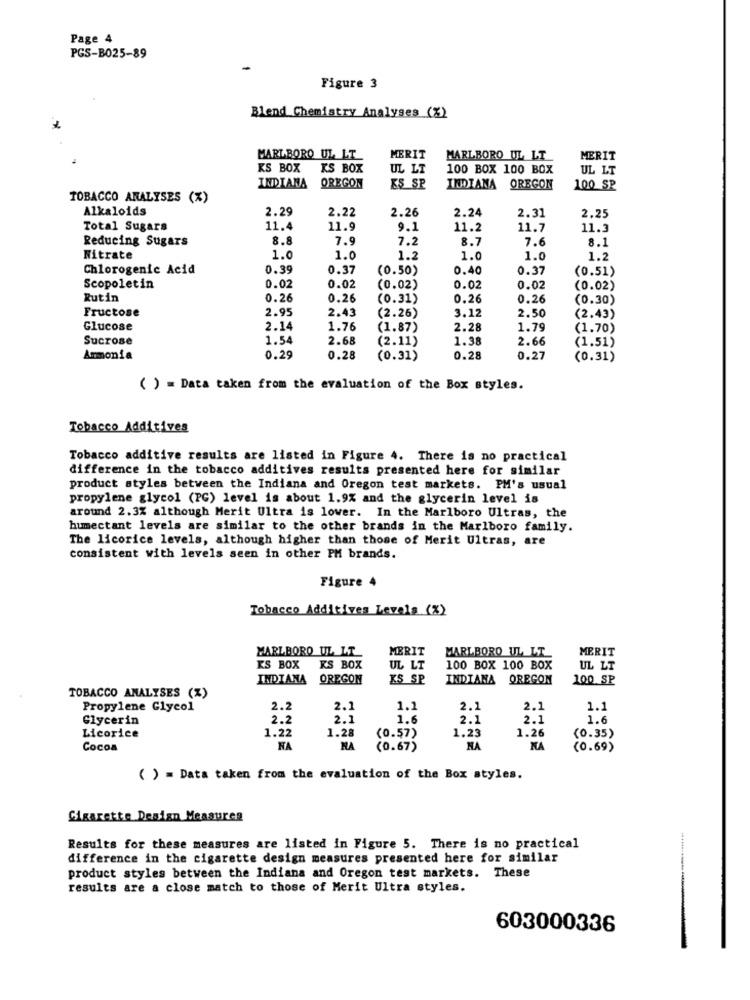
Page 4
PGS-B025-89
Figure 3
Blend Chemistry Analyses (%)
MARLBORO UL LT
MERIT
MARLBORO UL LT
MERIT
KS BOX
KS BOX
UL LT
100 BOX 100 BOX
UL LT
INDIANA
OREGON
ES SP
INDIANA OREGON
100 SP
TOBACCO ANALYSES (%)
Alkaloids
2.29
2.22
2.26
2.24
2.31
2.25
Total Sugars
11.4
11.9
9.1
11.2
11.7
11.3
Reducing Sugars
8.8
7.9
7.2
8.7
7.6
8.1
Nitrate
1.0
1.0
1.2
1.0
1.0
1.2
Chlorogenic Acid
0.39
0.37
(0.50)
0.40
0.37
(0.51)
Scopoletin
0.02
0.02
(0.02)
0.02
0.02
(0.02)
Rutin
0.26
0.26
(0.31)
0.26
0.26
(0.30)
Fructose
2.95
2.43
3.12
2.50
(2.26)
(2.43)
Glucose
2.14
1.76
(1.87)
2.28
1.79
(1.70)
Sucrose
1.54
2.68
(2.11)
1.38
2.66
(1.51)
Ammonia
0.29
0.28
(0.31)
0.28
0.27
(0.31)
( ) = Data taken from the evaluation of the Box styles.
Tobacco Additives
Tobacco additive results are listed in Figure 4. There is no practical
difference in the tobacco additives results presented here for similar
product styles between the Indiana and Oregon test markets. PM's usual
propylene glycol (PG) level is about 1.9% and the glycerin level is
around 2.3% although Merit Ultra is lower. In the Marlboro Ultras, the
humectant levels are similar to the other brands in the Marlboro family.
The licorice levels, although higher than those of Merit Ultras, are
consistent with levels seen in other PM brands.
Figure 4
Tobacco Additives Levels (%)
MERIT
MERIT
MARLBORO UL LT
MARLBORO UL LT
KS BOX
KS BOX
UL LT
100 BOX 100 BOX
UL LT
INDIANA
OREGON
XS SP
INDIANA OREGON
100 SP
TOBACCO ANALYSES (%)
Propylene Glycol
2.2
2.1
1.1
2.1
2.1
1.1
Glycerin
2.2
2.1
1.6
2.1
2.1
1.6
1.22
1.28
1.23
1.26
Licorice
(0.57)
(0.35)
Cocoa
NA
NA
(0.67)
NA
NA
(0.69)
( ) = Data taken from the evaluation of the Box styles.
Sigarette Design Measures
Results for these measures are listed in Figure 5. There is no practical
difference in the cigarette design measures presented here for similar
product styles between the Indiana and Oregon test markets. These
results are a close match to those of Merit Ultra styles.
603000336